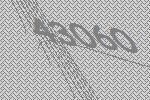
43060